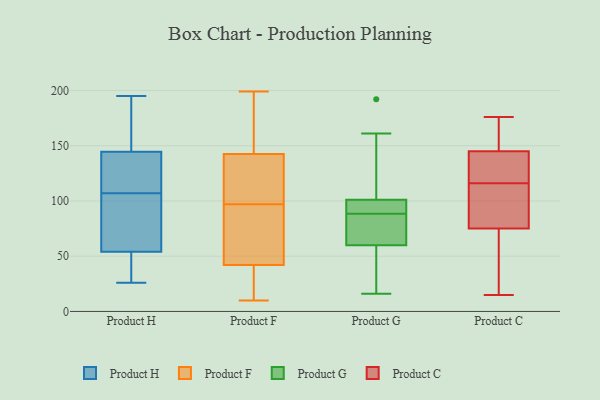
{"axis": {"x": "Waste Production (Tons)", "y": "Value"}, "legend": ["Product C", "Product F", "Product G", "Product H"], "data": [{"x": "", "y": 178, "type": "Product H"}, {"x": "", "y": 36, "type": "Product H"}, {"x": "", "y": 107, "type": "Product H"}, {"x": "", "y": 159, "type": "Product H"}, {"x": "", "y": 95, "type": "Product H"}, {"x": "", "y": 42, "type": "Product H"}, {"x": "", "y": 121, "type": "Product H"}, {"x": "", "y": 58, "type": "Product H"}, {"x": "", "y": 195, "type": "Product H"}, {"x": "", "y": 119, "type": "Product H"}, {"x": "", "y": 100, "type": "Product H"}, {"x": "", "y": 26, "type": "Product H"}, {"x": "", "y": 139, "type": "Product H"}, {"x": "", "y": 34, "type": "Product H"}, {"x": "", "y": 143, "type": "Product H"}, {"x": "", "y": 74, "type": "Product H"}, {"x": "", "y": 149, "type": "Product H"}, {"x": "", "y": 170, "type": "Product F"}, {"x": "", "y": 27, "type": "Product F"}, {"x": "", "y": 149, "type": "Product F"}, {"x": "", "y": 72, "type": "Product F"}, {"x": "", "y": 136, "type": "Product F"}, {"x": "", "y": 136, "type": "Product F"}, {"x": "", "y": 62, "type": "Product F"}, {"x": "", "y": 199, "type": "Product F"}, {"x": "", "y": 11, "type": "Product F"}, {"x": "", "y": 31, "type": "Product F"}, {"x": "", "y": 83, "type": "Product F"}, {"x": "", "y": 182, "type": "Product F"}, {"x": "", "y": 72, "type": "Product F"}, {"x": "", "y": 111, "type": "Product F"}, {"x": "", "y": 52, "type": "Product F"}, {"x": "", "y": 32, "type": "Product F"}, {"x": "", "y": 10, "type": "Product F"}, {"x": "", "y": 121, "type": "Product F"}, {"x": "", "y": 184, "type": "Product F"}, {"x": "", "y": 114, "type": "Product F"}, {"x": "", "y": 101, "type": "Product G"}, {"x": "", "y": 192, "type": "Product G"}, {"x": "", "y": 96, "type": "Product G"}, {"x": "", "y": 98, "type": "Product G"}, {"x": "", "y": 65, "type": "Product G"}, {"x": "", "y": 16, "type": "Product G"}, {"x": "", "y": 60, "type": "Product G"}, {"x": "", "y": 161, "type": "Product G"}, {"x": "", "y": 81, "type": "Product G"}, {"x": "", "y": 40, "type": "Product G"}, {"x": "", "y": 160, "type": "Product C"}, {"x": "", "y": 103, "type": "Product C"}, {"x": "", "y": 171, "type": "Product C"}, {"x": "", "y": 169, "type": "Product C"}, {"x": "", "y": 116, "type": "Product C"}, {"x": "", "y": 28, "type": "Product C"}, {"x": "", "y": 141, "type": "Product C"}, {"x": "", "y": 88, "type": "Product C"}, {"x": "", "y": 104, "type": "Product C"}, {"x": "", "y": 72, "type": "Product C"}, {"x": "", "y": 124, "type": "Product C"}, {"x": "", "y": 66, "type": "Product C"}, {"x": "", "y": 116, "type": "Product C"}, {"x": "", "y": 75, "type": "Product C"}, {"x": "", "y": 176, "type": "Product C"}, {"x": "", "y": 15, "type": "Product C"}, {"x": "", "y": 145, "type": "Product C"}, {"x": "", "y": 118, "type": "Product C"}]}